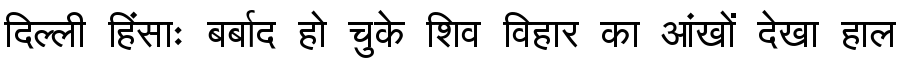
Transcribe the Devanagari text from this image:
दिल्ली हिंसाः बर्बाद हो चुके शिव विहार का आंखों देखा हाल